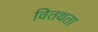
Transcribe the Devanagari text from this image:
वितथता